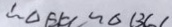
\therefore \Delta B E C \sim \Delta B C